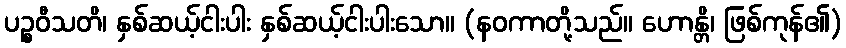
ပဉ္စဝီသတိ၊ နှစ်ဆယ့်ငါးပါး နှစ်ဆယ့်ငါးပါးသော။ (နဝကာတို့သည်။ ဟောန္တိ၊ ဖြစ်ကုန်၏)